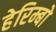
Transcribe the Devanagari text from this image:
हेरिम्बो